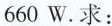
660W. 求：